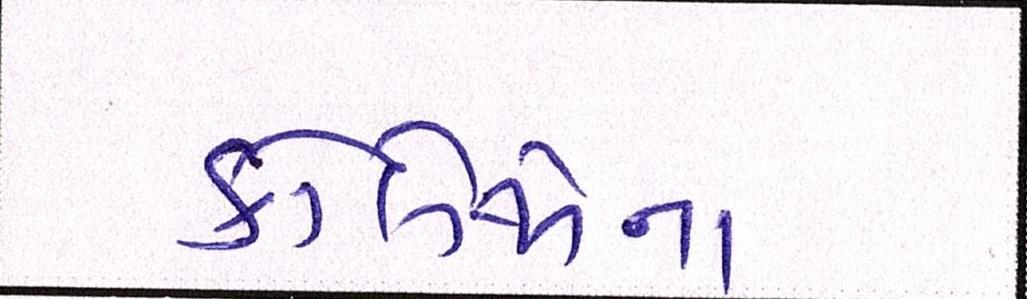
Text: કોલેજોના